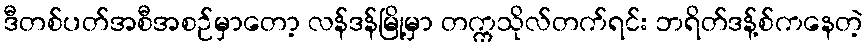
ဒီတစ်ပတ်အစီအစဉ်မှာတော့ လန်ဒန်မြို့မှာ တက္ကသိုလ်တက်ရင်း ဘရိတ်ဒန့်စ်ကနေတဲ့